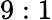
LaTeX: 9:1